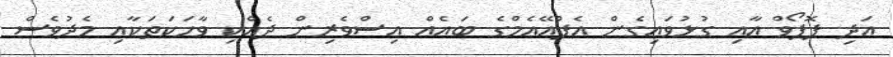
އަދި ޕޮޕޯވް އާއި ގުޅުވައިގެން އެފްއޭއެމްގެ ބައެއް އިސްވެރިން ދެއްކި ވާހަކަތަކާއި މެދުވެސް